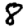
Digit: 8